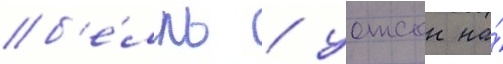
б'е́лль / уотсон на́